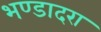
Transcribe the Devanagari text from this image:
भण्डादरा